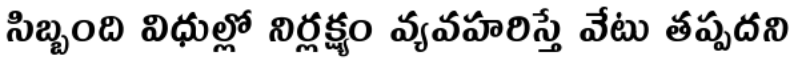
సిబ్బంది విధుల్లో నిర్లక్ష్యం వ్యవహరిస్తే వేటు తప్పదని